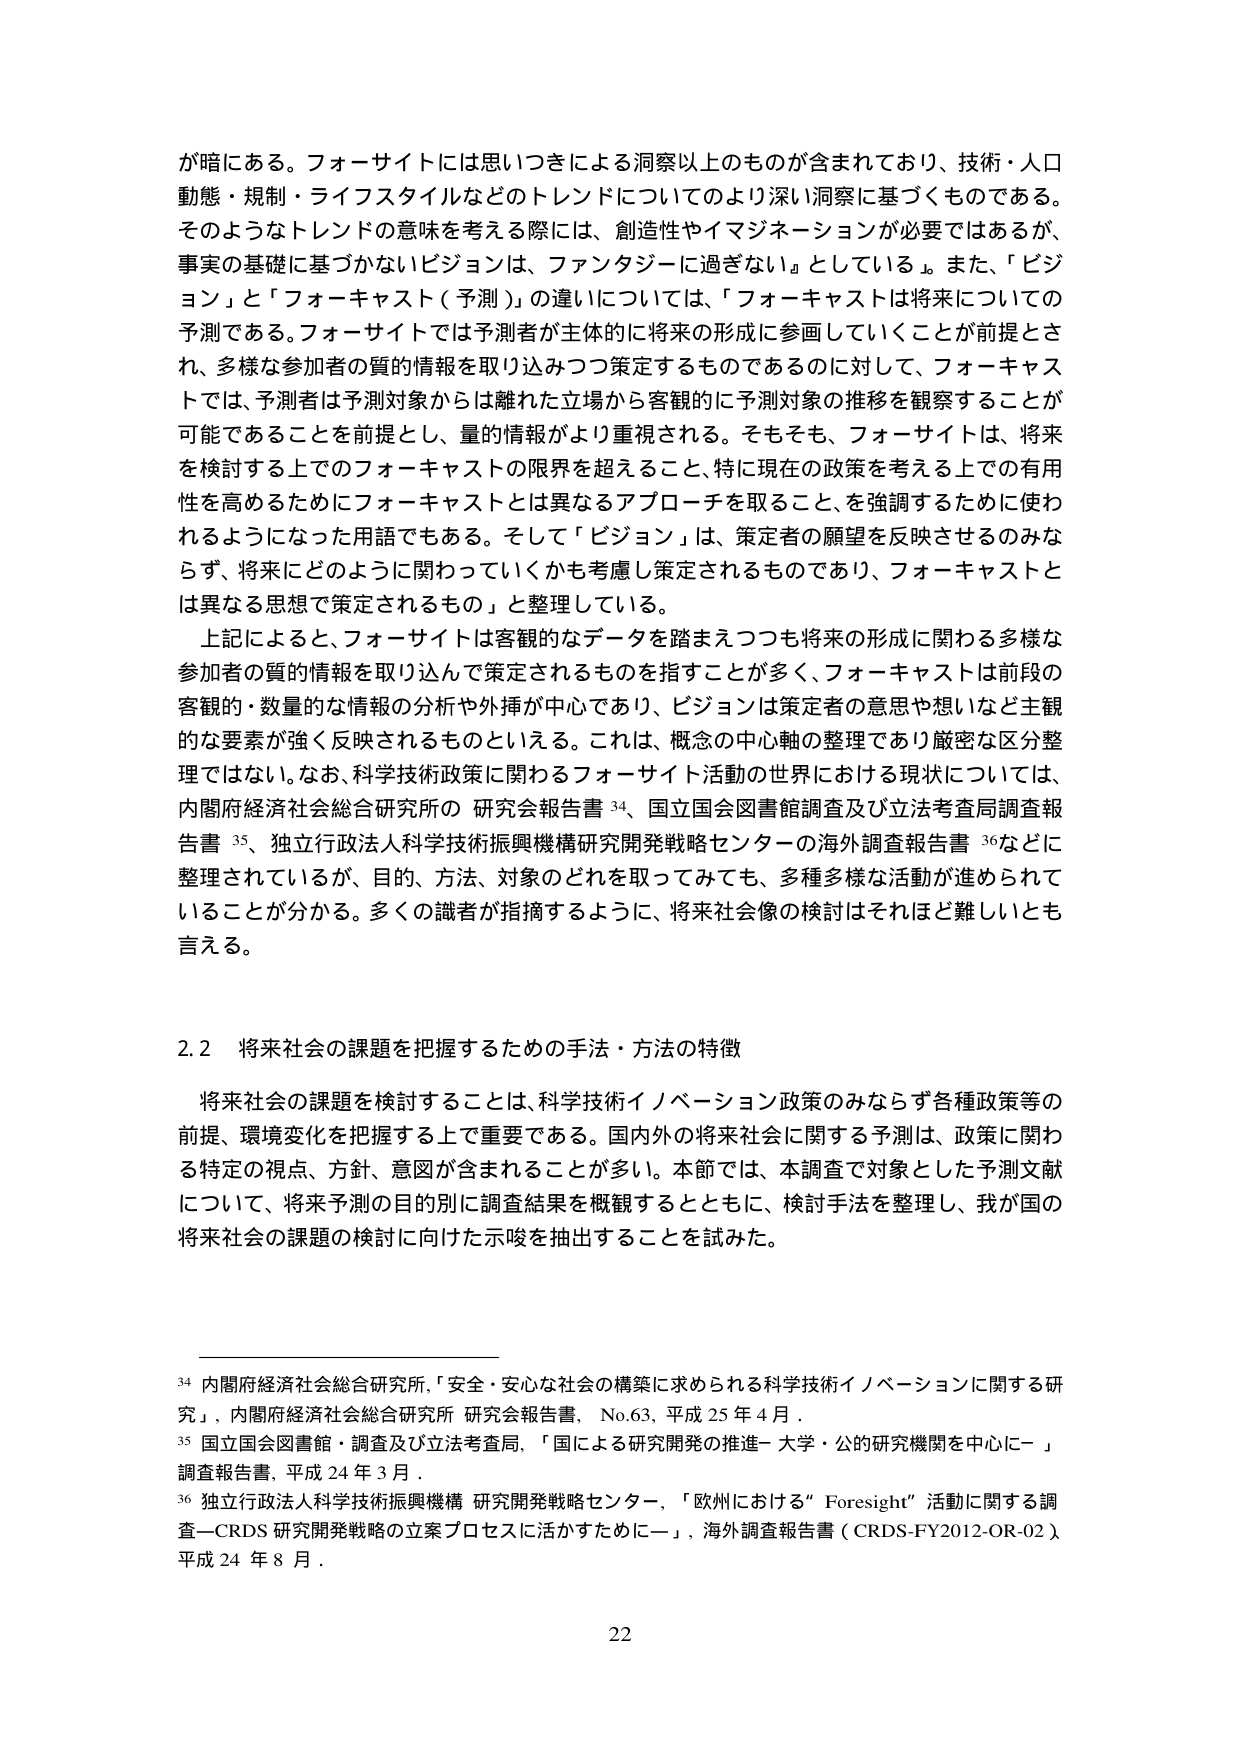
が暗にある。フォーサイトには思いつきによる洞察以上のものが含まれており、技術・人口動態・規制・ライフスタイルなどのトレンドについてのより深い洞察に基づくものである。そのようなトレンドの意味を考える際には、創造性やイマジネーションが必要ではあるが、事実の基礎に基づかないビジョンは、ファンタジーに過ぎない」としている。また、「ビジョン」と「フォーキャスト（予測）」の違いについては、「フォーキャストは将来についての予測である。フォーサイトでは予測者が主体的に将来の形成に参画していくことが前提とされ、多様な参加者の質的情報を取り込みつつ策定するものであるのに対して、フォーキャストでは、予測者は予測対象からは離れた立場から客観的に予測対象の推移を観察することが可能であることを前提とし、量的情報がより重視される。そもそも、フォーサイトは、将来を検討する上でのフォーキャストの限界を超えること、特に現在の政策を考える上での有用性を高めるためにフォーキャストとは異なるアプローチを取ること、を強調するために使われるようになった用語でもある。そして「ビジョン」は、策定者の願望を反映させるのみならず、将来にどのように関わっていくかも考慮し策定されるものであり、フォーキャストとは異なる思想で策定されるもの」と整理している。

上記によると、フォーサイトは客観的なデータを踏まえつつも将来の形成に関わる多様な参加者の質的情報を取り込んで策定されるものを指すことが多く、フォーキャストは前段の客観的・数量的な情報の分析や外挿が中心であり、ビジョンは策定者の意思や想いなど主観的な要素が強く反映されるものといえる。これは、概念の中心軸の整理であり厳密な区分整理ではない。なお、科学技術政策に関わるフォーサイト活動の世界における現状については、内閣府経済社会総合研究所の 研究会報告書 34、国立国会図書館調査及び立法考査局調査報告書 35、独立行政法人科学技術振興機構研究開発戦略センターの海外調査報告書 36などに整理されているが、目的、方法、対象のどれを取ってみても、多種多様な活動が進められていることが分かる。多くの識者が指摘するように、将来社会像の検討はそれほど難しいとも言える。

2.2 将来社会の課題を把握するための手法・方法の特徴

将来社会の課題を検討することは、科学技術イノベーション政策のみならず各種政策等の前提、環境変化を把握する上で重要である。国内外の将来社会に関する予測は、政策に関わる特定の視点、方針、意図が含まれることが多い。本節では、本調査で対象とした予測文献について、将来予測の目的別に調査結果を概観するとともに、検討手法を整理し、我が国の将来社会の課題の検討に向けた示唆を抽出することを試みた。

34 内閣府経済社会総合研究所、「安全・安心な社会の構築に求められる科学技術イノベーションに関する研究」、内閣府経済社会総合研究所 研究会報告書、No.63、平成25年4月。

35 国立国会図書館・調査及び立法考査局、「国による研究開発の推進－大学・公的研究機関を中心に－」調査報告書、平成24年3月。

36 独立行政法人科学技術振興機構 研究開発戦略センター、「欧州における“Foresight”活動に関する調査－CRDS研究開発戦略の立案プロセスに活かすために－」、海外調査報告書（CRDS-FY2012-OR-02）、平成24年8月。

22